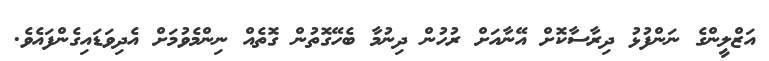
އަޒްލީންގެ ނަންފުޅު ދިރާސާކޮށް އޭނާއަށް ރުހުން ދިނުމާ ބެހޭގޮތުން ގޮތެއް ނިންމެވުމަށް އެދިވަޑައިގެންފައެވެ.